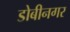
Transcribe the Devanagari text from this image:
डोबीनगर